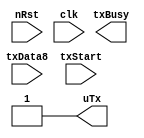

module uart_tx_only(
    uTx,

    txBusy,
    txData8,
    txStart,


    nRst,
    clk
);

output                          uTx;	// RS232

output                          txBusy;	//
input   [7:0]                   txData8;	//
input                           txStart;		//,,

input                           nRst;		//
input                           clk;		// clk_bps_r,

assign uTx = 1'b1 ;


endmodule